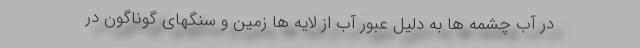
در آب چشمه ها به دلیل عبور آب از لایه ها زمین و سنگهای گوناگون در